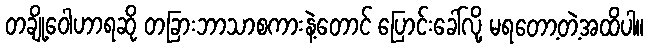
တချို့ဝေါဟာရဆို တခြားဘာသာစကားနဲ့တောင် ပြောင်းခေါ်လို့ မရတော့တဲ့အထိပါ။